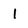
Character: 1